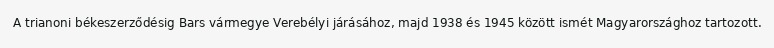
A trianoni békeszerződésig Bars vármegye Verebélyi járásához, majd 1938 és 1945 között ismét Magyarországhoz tartozott.